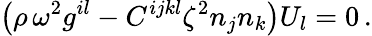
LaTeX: \left(\rho\, \omega^{2}g^{il}-C^{ijkl}\zeta^{2}n_{j}n_{k}\right)U_{l}=0\, .